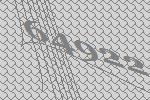
64922